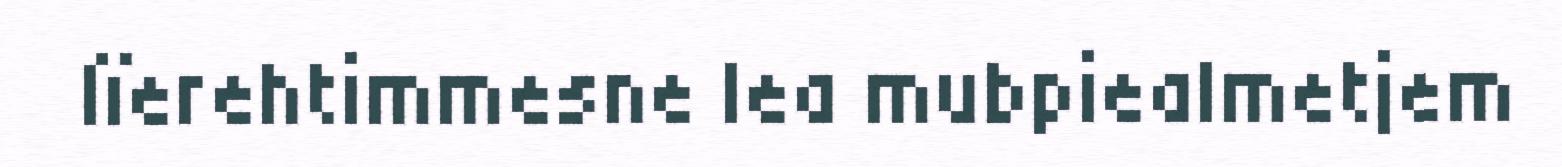
lïerehtimmesne lea mubpiealmetjem